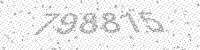
Solution: 798815